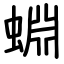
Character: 蜵